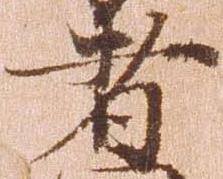
者